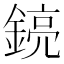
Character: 𨩎